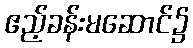
ဧည့်ခန်းမဆောင်၌